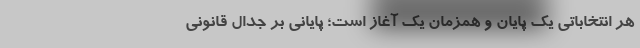
هر انتخاباتی یک پایان و همزمان یک آغاز است؛ پایانی بر جدال قانونی